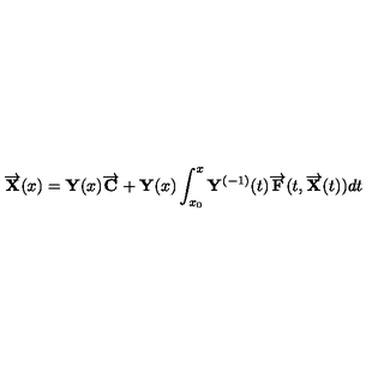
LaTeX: \overrightarrow { { \bf X } } ( x ) = { \bf Y } ( x ) \overrightarrow { { \bf C } } + { \bf Y } ( x ) \int _ { x _ { 0 } } ^ { x } { \bf Y } ^ { ( - 1 ) } ( t ) \overrightarrow { { \bf F } } ( t , \overrightarrow { { \bf X } } ( t ) ) d t